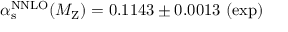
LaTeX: \alpha _ { \mathrm { s } } ^ { \mathrm { N N L O } } ( M _ { \mathrm { Z } } ) = 0 . 1 1 4 3 \pm 0 . 0 0 1 3 ~ ( \mathrm { e x p ) }